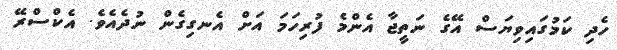
ހެދި ކަމުގައިވިޔަސް އޭގެ ނަތީޖާ އެންމެ ފުރިހަމަ އަށް އެނގިގެން ނުދެއެވެ. އެކްސްރޭ